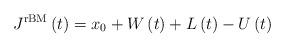
LaTeX: \begin{align*}J^{\mathrm{rBM}} \left( t \right) = x_{0} + W \left( t \right) + L \left( t \right) - U \left ( t \right)\end{align*}